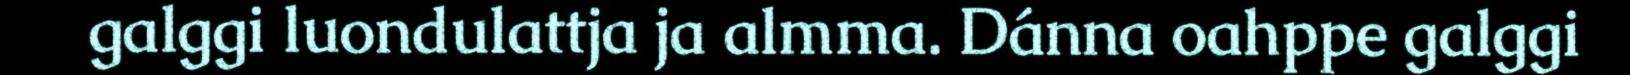
galggi luondulattja ja almma. Dánna oahppe galggi